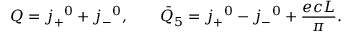
Q = j _ { + } { } ^ { 0 } + j _ { - } { } ^ { 0 } , \qquad { \bar { Q } } _ { 5 } = j _ { + } { } ^ { 0 } - j _ { - } { } ^ { 0 } + \frac { e c L } { \pi } .